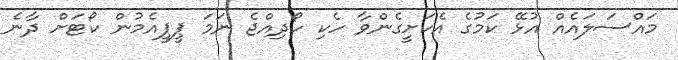
މައްސަލައެއް އުޅޭ ކަމުގެ އެކަށީގެންވާ ހެކި ހޯދިއްޖެ ނަމަ ޕީޕީއެމުން ކޯޓަށް ދާނެ